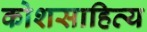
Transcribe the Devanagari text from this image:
कोशसाहित्य